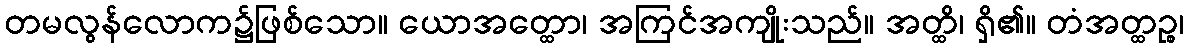
တမလွန်လောက၌ဖြစ်သော။ ယောအတ္ထော၊ အကြင်အကျိုးသည်။ အတ္ထိ၊ ရှိ၏။ တံအတ္ထဉ္စ၊